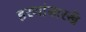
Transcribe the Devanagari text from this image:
हरणांसारखे